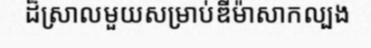
ដ៏ស្រាលមួយសម្រាប់ឌីម៉ាសាកល្បង